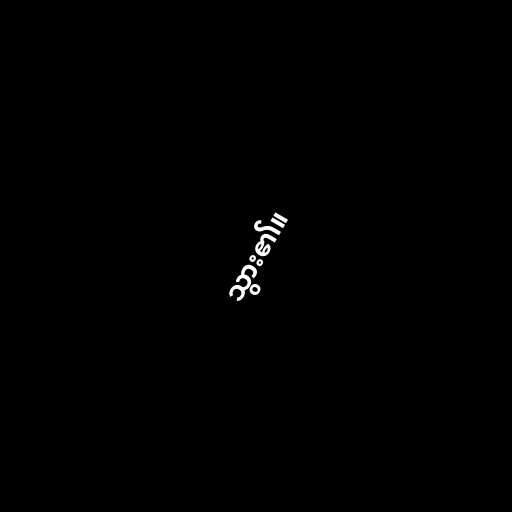
သွား၏။